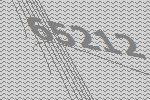
65212